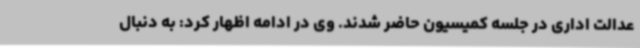
عدالت اداری در جلسه کمیسیون حاضر شدند. وی در ادامه اظهار کرد: به دنبال